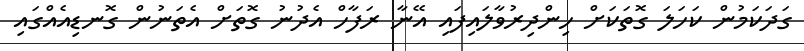
ގަދަކަމުން ކަހަލަ ގޮތަކަށް ހިންދިރުވާލައިފައި އޭނާ ރަފާހް އެދުނު ގޮތަށް އެތަނުން ގޮނޑިއެއްގައި